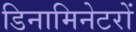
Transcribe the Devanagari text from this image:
डिनामिनेटरों